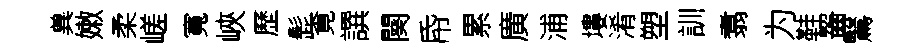
兾嫩柔嵯寬峽歷髭覔譔闋帋累廣浦塿淆塑訓翥为鞋齧鷖